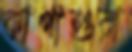
কাগাশুরা